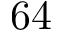
6 4